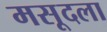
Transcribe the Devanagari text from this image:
मसूदला